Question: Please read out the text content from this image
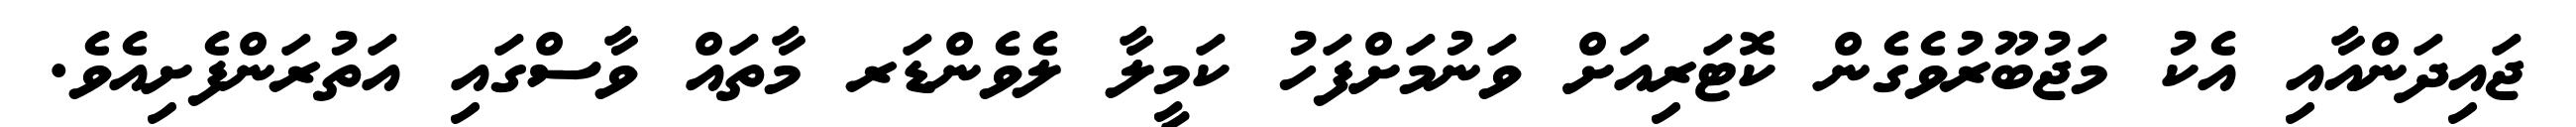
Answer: ޖައިދަންއާއި އެކު މަޖުބޫރުވެގެން ކޮޓަރިއަށް ވަނުމަށްފަހު ކަމީލާ ލެވެންޑަރ މާތައް ވާސްގައި އަތުރަންފެށިއެވެ.